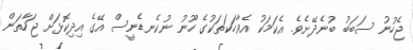
ޖެހުނު ސަބަބު ބުނެދޭށެވެ. އެކަމަކު އެވާހަކަތަކުގެ ހޫނު ނުކެނޑެނީސް އޭގެ އިދިކޮޅަށް ޖަހާތަން